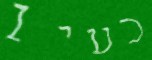
כעין